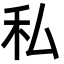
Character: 私